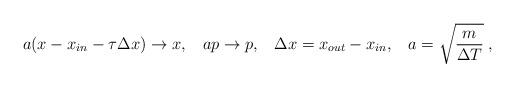
LaTeX: \begin{align*}a(x-x_{in}-\tau\Delta x)\rightarrow x,\;\;\;ap\rightarrow p, \; \; \; \Delta x=x_{out}-x_{in},\;\;\;a=\sqrt{\frac{m}{\Delta T}} \; ,\end{align*}